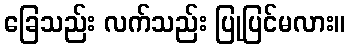
ခြေသည်း လက်သည်း ပြုပြင်မလား။